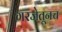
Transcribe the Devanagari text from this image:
गरजेतूनच